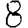
Digit: 8